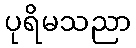
ပုရိမသညာ